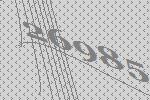
26985